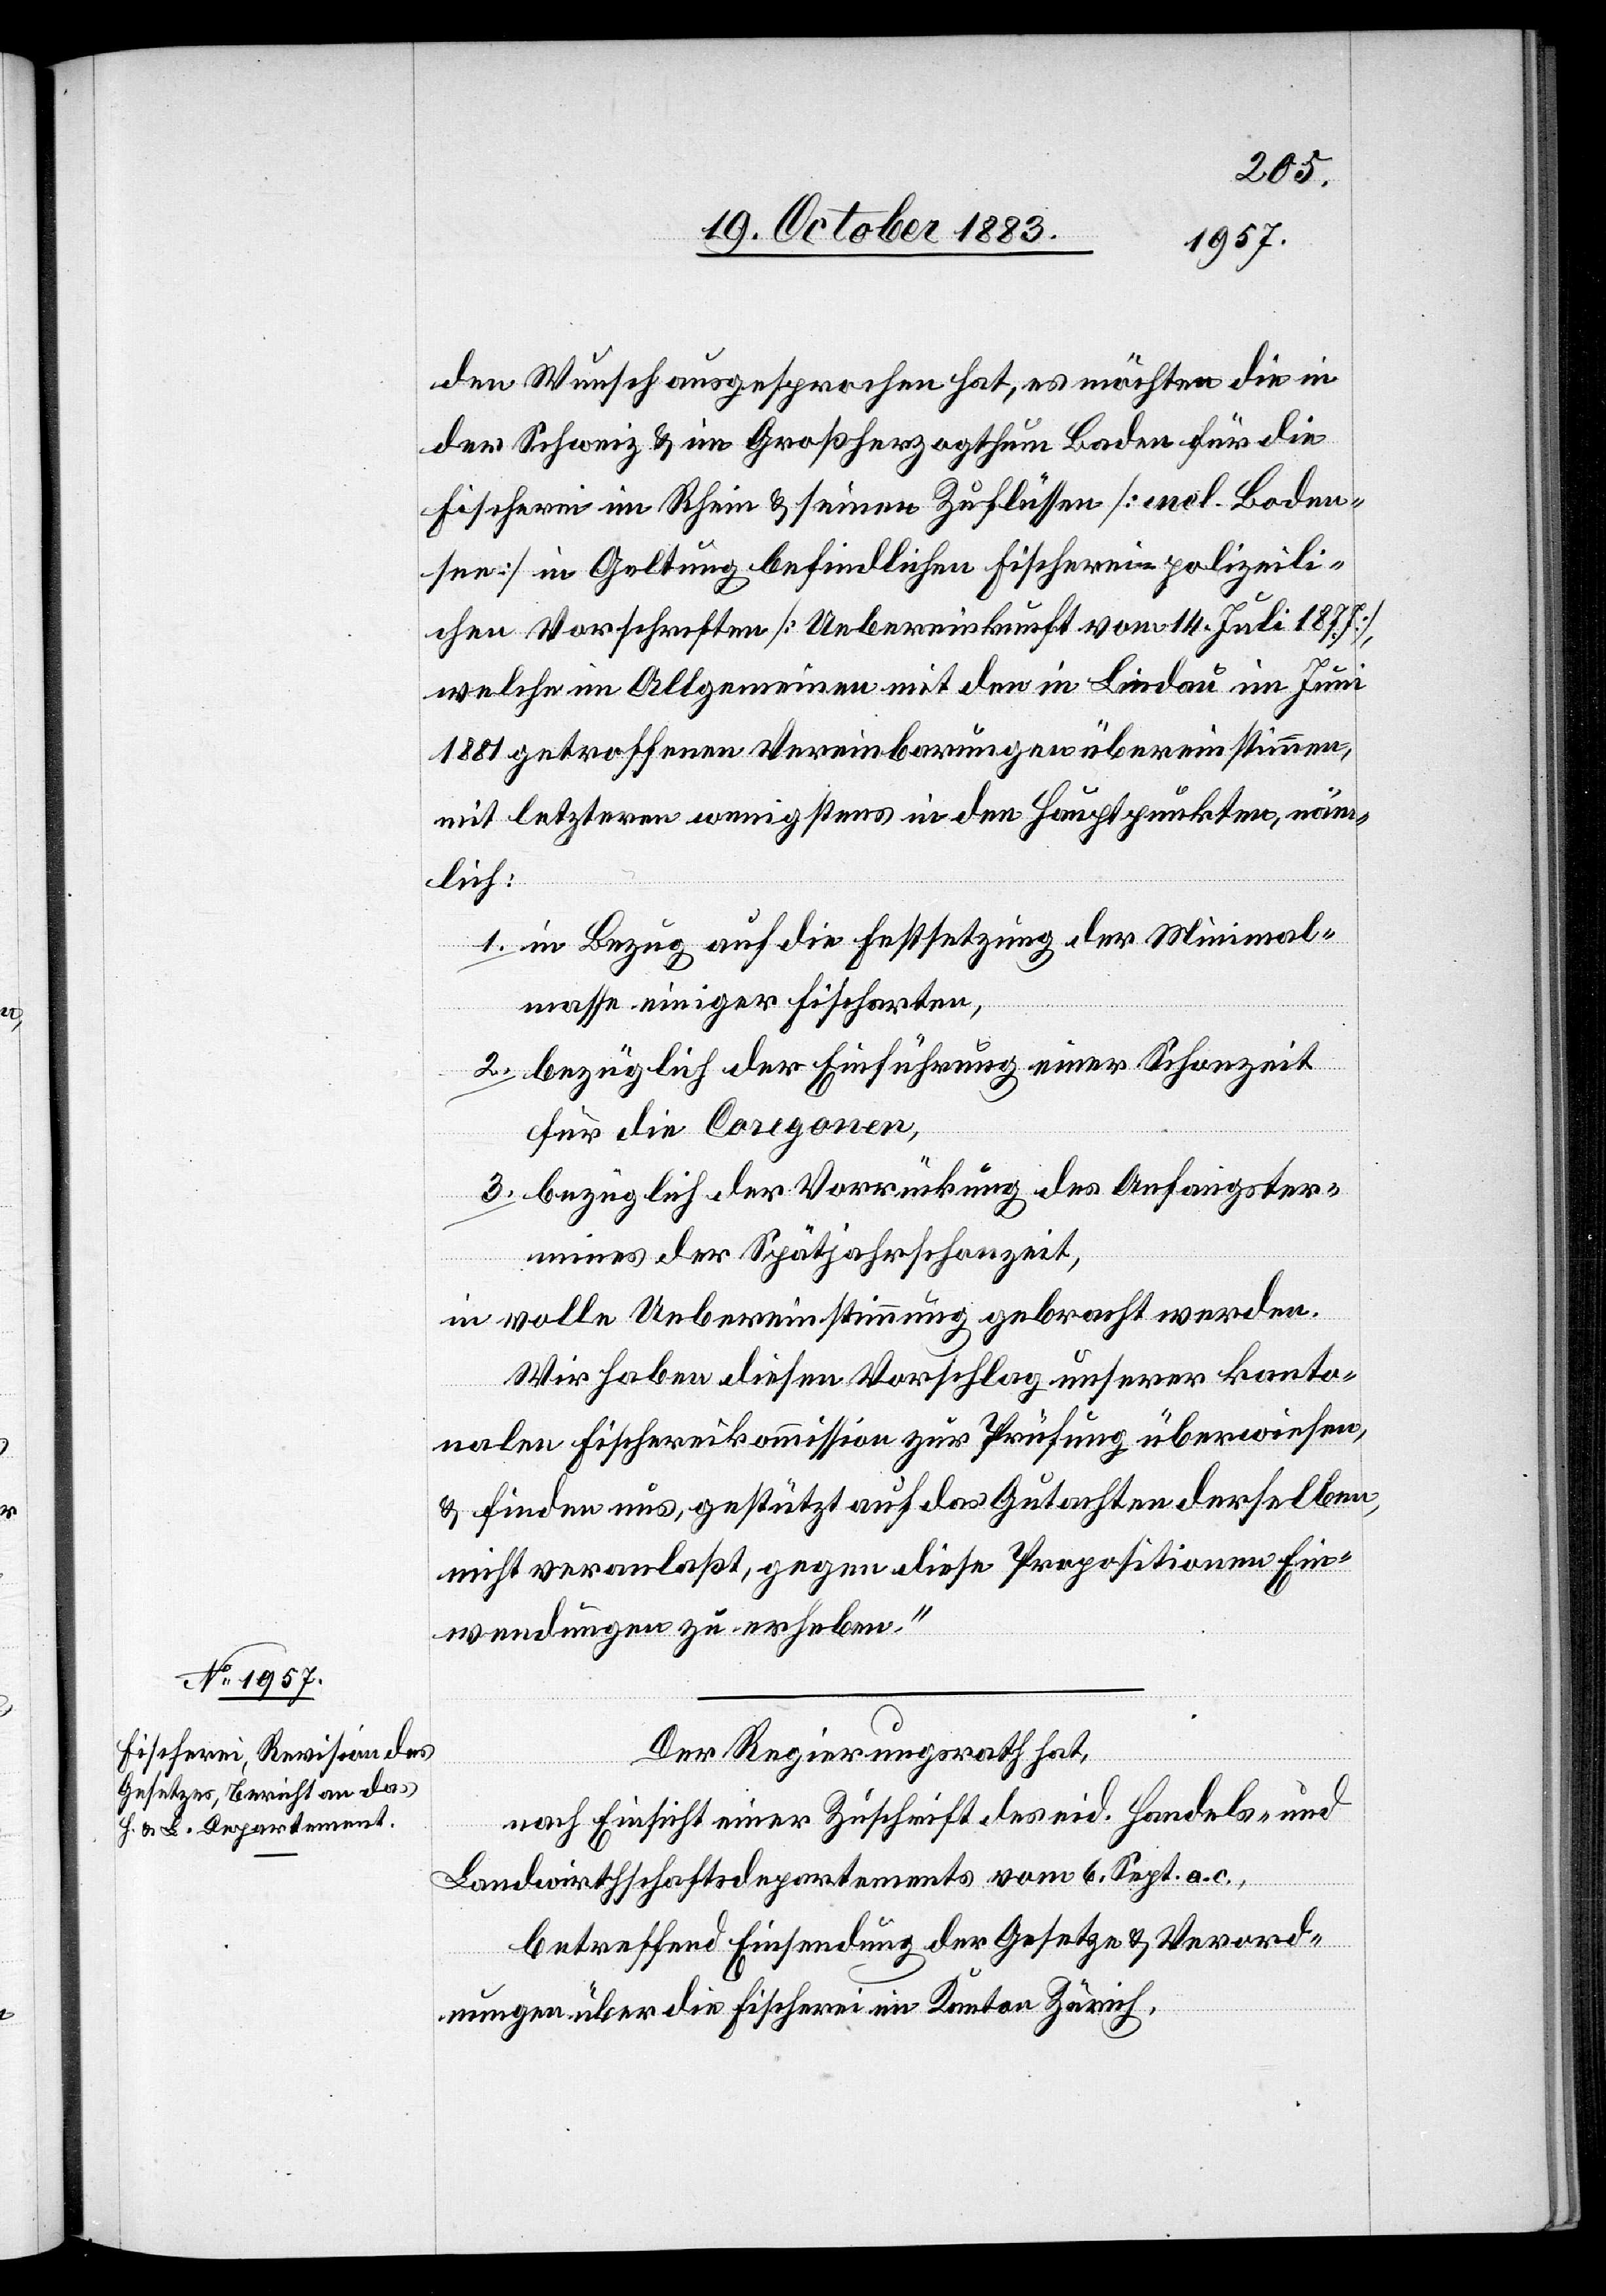
den Wunsch ausgesprochen hat, es möchten die in
der Schweiz & im Großherzogthum Baden für die
Fischerei im Rhein & seinen Zuflüssen [mol-Boden¬
see] in Geltung befindlichen Fischerei polizeili¬
chen Vorrechten [Uebereinkunft vom 14. Juli 1877],
welche im Allgemeinen mit den in Lindau im Juni
1881 getroffenen Vereinbarungen übereinstimmen,
mit letzteren wenigstens in den Hauptpunkten, näm¬
lich:
1. in Bezug auf die Festsetzung der Minimal¬
masse einiger Fischarten,
2. bezüglich der Einführung einer Schonzeit
für die Coregonen,
3. bezüglich der Vorrückung des Anfangster¬
mines der Spätjahrschonzeit,
in volle Uebereinstimmung gebracht werden.
Wir haben diesen Vorschlag unserer kanto¬
nalen Fischereikommission zur Prüfung überwiesen,
& finden uns, gestützt auf das Gutachten derselben,
nicht veranlaßt, gegen diese Propositionen Ein¬
wendungen zu erheben.“
Der Regierungsrath hat,
nach Einsicht einer Zuschrift des eid. Handels- und
Landwirthschaftsdepartements vom 6. Sept. a. c.,
betreffend Einsendung der Gesetze & Verord¬
nungen über die Fischerei im Kanton Zürich,